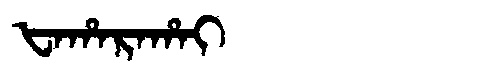
Manchu: ᡶᠠᡥᠠᡵᠠᡥᠠᡳ
Romanization: FAHARAHAI